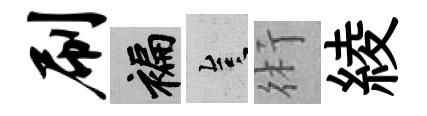
刷褊豈術綾